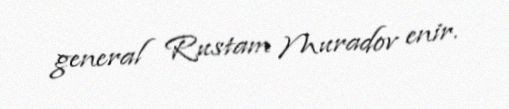
general Rustam Muradov enir.